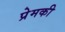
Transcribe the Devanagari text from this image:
प्रेमकी